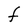
Character: F